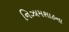
નિઝામશાહના